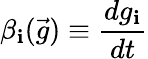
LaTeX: \beta_{\mathbf{i}}(\vec{{g}})\equiv\frac{{dg_{\mathbf{i}}}}{{dt}}